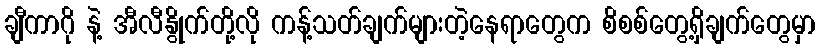
ချီကာဂို နဲ့ အီလီနွိုက်တို့လို ကန့်သတ်ချက်များတဲ့နေရာတွေက စိစစ်တွေ့ရှိချက်တွေမှာ